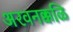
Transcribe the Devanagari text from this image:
अरवनक्कळि